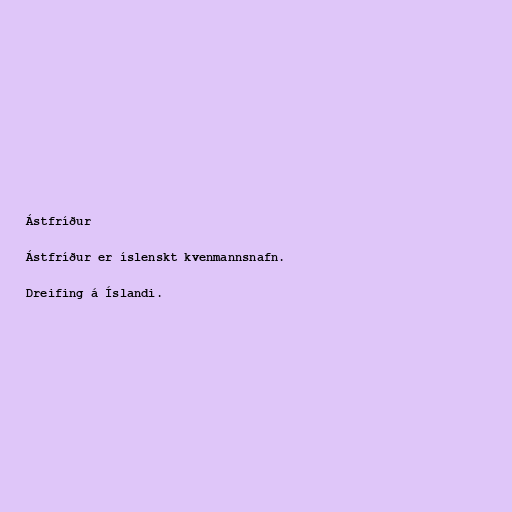
Ástfríður

Ástfríður er íslenskt kvenmannsnafn.

Dreifing á Íslandi.